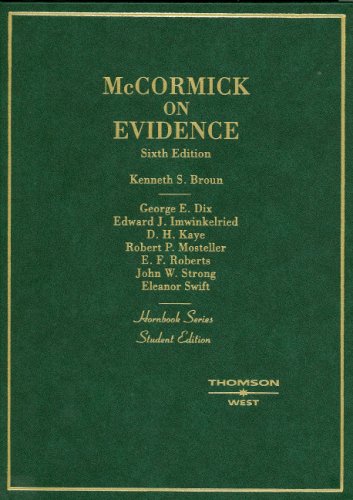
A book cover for Mccormick on Evidence (Hornbooks); Kenneth Broun; Law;